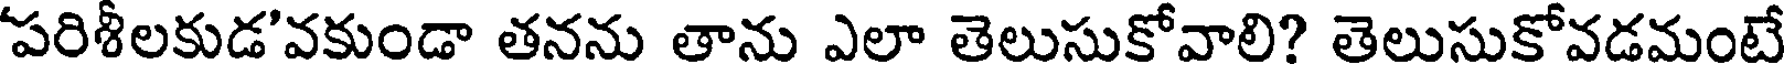
పరిశీలకుడ'వకుండా తనను తాను ఎలా తెలుసుకోవాలి? తెలుసుకోవడమంటే